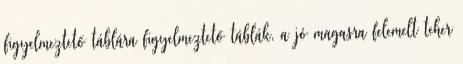
figyelmeztető táblára figyelmeztető táblák, a jó magasra felemelt teher